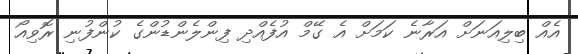
އެއް ބިލިއަނަށް އަރާނެ ކަމަށް އެ ގޭމް އުފެއްދި ފިންލެންޑުންގެ ކުންފުނި ރޮވިއޯ